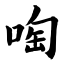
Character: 啕